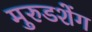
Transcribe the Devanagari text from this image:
मुरुडशेंग